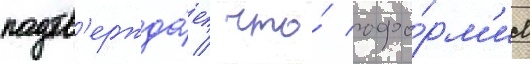
подтв'ержда́ет / что́ офо́рм'ил